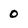
Character: 0